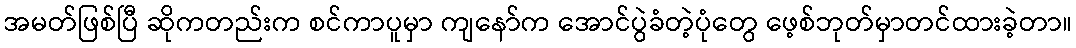
အမတ်ဖြစ်ပြီ ဆိုကတည်းက စင်ကာပူမှာ ကျနော်က အောင်ပွဲခံတဲ့ပုံတွေ ဖေ့စ်ဘုတ်မှာတင်ထားခဲ့တာ။